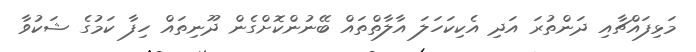
މަޅިފައްޗާއި ދަންތުރަ އަދި އެކިކަހަލަ އާލާތްތައް ބޭނުންކޮށްގެން ދޫނިތައް ހިފާ ކަމުގެ ޝަކުވާ